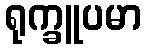
ရုက္ခူပမာ